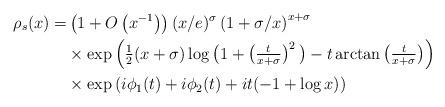
LaTeX: \begin{align*}\rho_s(x) = & \left( 1 + O\left( x^{-1} \right) \right) (x/e)^{\sigma} \left( 1 + \sigma/x \right)^{x + \sigma} \\& \times \exp \left( \tfrac12 (x+\sigma) \log \big( 1 + \left(\tfrac{t}{x + \sigma}\right)^2 \big) -t \arctan \left( \tfrac{t}{x + \sigma} \right) \right) \\& \times \exp \left( i \phi_1(t) + i \phi_2(t) + it(-1 + \log x) \right) \end{align*}